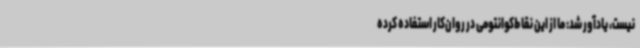
نیست، یادآور شد: ما از این نقاط‌کوانتومی در روان‌کار استفاده کرده